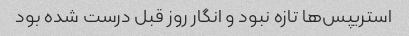
استریپس‌ها تازه نبود و انگار روز قبل درست شده بود